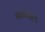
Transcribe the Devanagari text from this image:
गग्‍गल